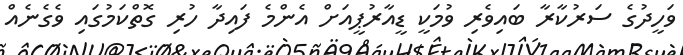
ވަހީދުގެ ސަރުކާރާ ބައިވެރި ވުމަކީ ޑީއާރުޕީއަށް އެންމެ ފައިދާ ހުރި ގޮތްކަމުގައި ވެގެނެއް